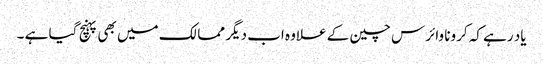
یاد رہے کہ کرونا وائرس چین کے علاوہ اب دیگر ممالک میں بھی پہنچ گیا ہے ۔